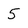
Character: 5